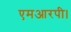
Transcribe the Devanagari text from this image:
एमआरपी।